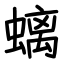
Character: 螭